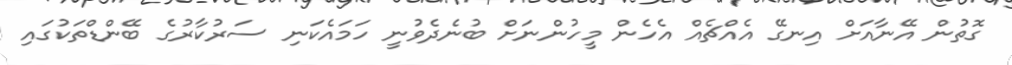
ގޮތުން އޭނާއަށް އިނގޭ އެއްޗެއް އެހެން މީހުންނަށް ބުނެދެވުނީ ހަމައެކަނި ސަރުކާރުގެ ބޭންޑްތަކުގައި